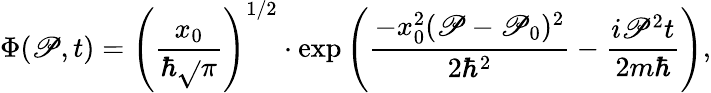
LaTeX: \Phi(\mathscr{P},t)=\left({\frac{{x_{0}}}{{\hbar{\sqrt{}{{\pi}}}}}}\right)^{1/2}\cdot\exp{\left({\frac{{-x_{0}^{2}(\mathscr{P}-\mathscr{P}_{0})^{2}}}{{2\hbar^{2}}}}-{\frac{{i\mathscr{P}^{2}t}}{{2m\hbar}}}\right)},